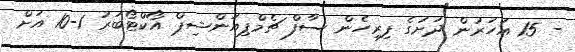
- 15 އަހަރުން ދަށުގެ ފިރިހެން ސާފް ޗެމްޕިއަންޝިޕް އޯކްޓޯބަރު 1-10 އަށް